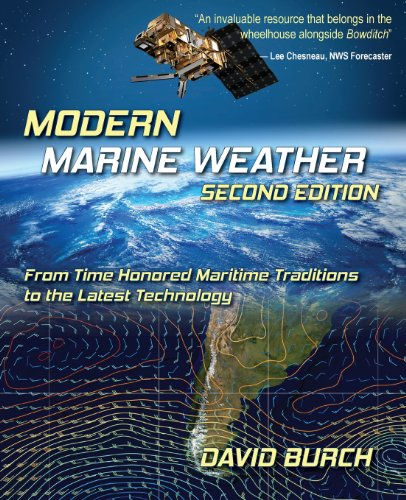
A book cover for Modern Marine Weather: From Time Honored Maritime Traditions to the Latest Technology, 2nd Edition; David Burch; Science & Math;